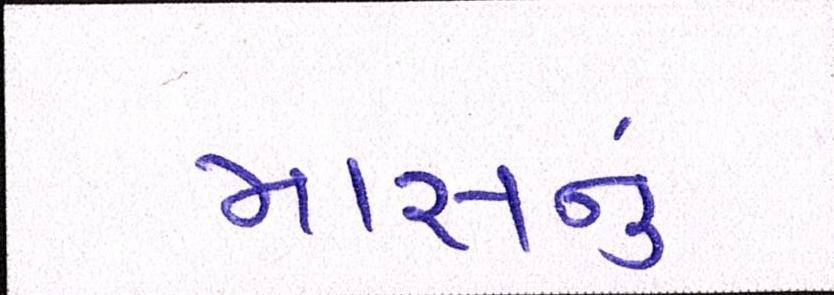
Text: માસનુ